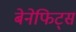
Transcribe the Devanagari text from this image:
बेनेफिट्स